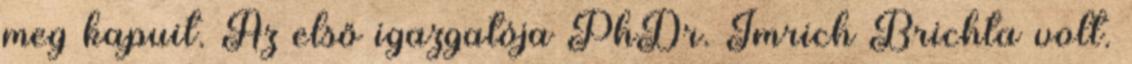
meg kapuit. Az első igazgatója PhDr. Imrich Brichta volt.